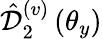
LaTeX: \hat{\mathcal D}_{2}^{(v)}\left(\theta_{y}\right)